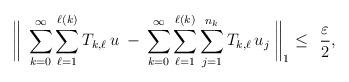
LaTeX: \begin{align*} \bigg\|\;\sum_{k=0}^\infty\sum_{\ell=1}^{\ell(k)}T_{k,\ell}\,u\;-\,\sum_{k=0}^\infty\sum_{\ell=1}^{\ell(k)}\sum_{j=1}^{n_k}T_{k,\ell}\,u_j\;\bigg\|_1\leq\;\,\frac{\varepsilon}{2},\end{align*}